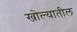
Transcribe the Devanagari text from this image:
खोल्यातील